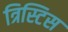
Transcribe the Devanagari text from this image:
त्रिस्टिस